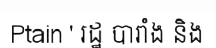
Ptain ' រដ្ឋ បារាំង និង